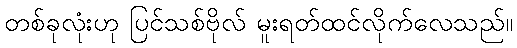
တစ်ခုလုံးဟု ပြင်သစ်ဗိုလ် မူးရတ်ထင်လိုက်လေသည်။